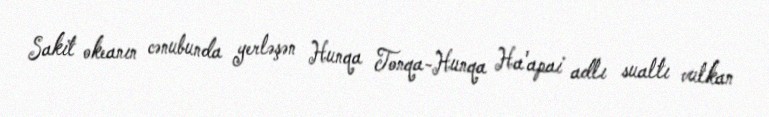
Sakit okeanın cənubunda yerləşən Hunqa Tonqa-Hunqa Ha'apai adlı sualtı vulkan